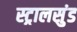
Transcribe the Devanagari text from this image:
स्ट्रालसुंड